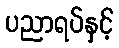
ပညာရပ်နှင့်